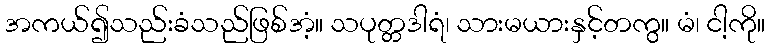
အကယ်၍သည်းခံသည်ဖြစ်အံ့။ သပုတ္တဒါရံ၊ သားမယားနှင့်တကွ။ မံ၊ ငါ့ကို။